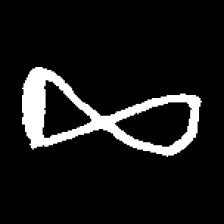
Pyu character \u2014 Myanmar letter: ဆ (romanized: cha)